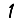
Digit: 1